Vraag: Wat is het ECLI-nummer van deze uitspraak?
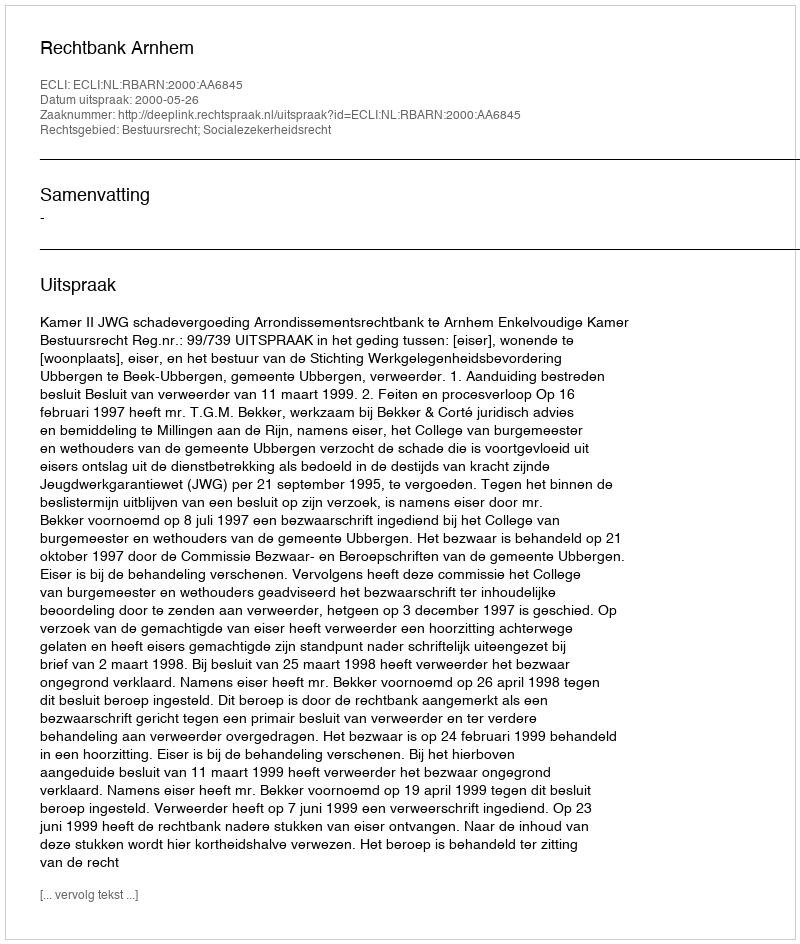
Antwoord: ECLI:NL:RBARN:2000:AA6845